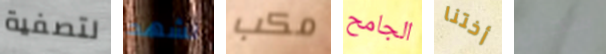
لتصفية نشهد مكب الجامح أختنا سجين